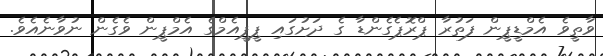
ވާތީވެ އެމްޑީޕީން ފަތުރާ ޕްރޮޕެގެންޑާ ގެ ދަށުގައި ޕީޕީއެމްގެ އެމްޕީން ވެގެން ނުވާނެއެވެ.